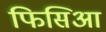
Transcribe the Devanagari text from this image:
फिसिआ